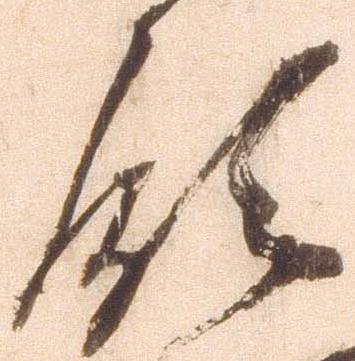
領